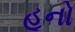
હૂનો